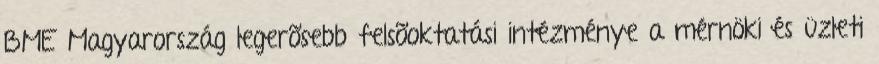
BME Magyarország legerõsebb felsõoktatási intézménye a mérnöki és üzleti